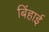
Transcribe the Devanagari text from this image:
बिंहाई